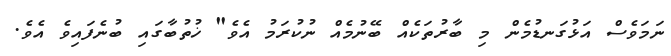
ނަމަވެސް އަޅުގަނޑުމެން މި ބާރުތަކެއް ބޭނުމެއް ނުކުރަމު އެވެ" ޚުތުބާގައި ބުނެފައިވެ އެވެ.